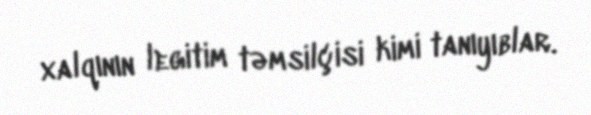
xalqının legitim təmsilçisi kimi tanıyıblar.